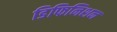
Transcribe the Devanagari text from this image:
डिफिनिशन